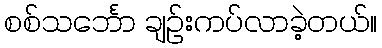
စစ်သင်္ဘော ချဉ်းကပ်လာခဲ့တယ်။